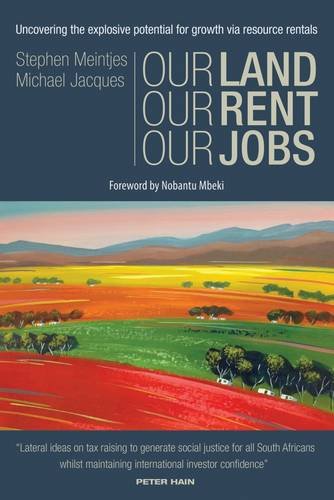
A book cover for Our Land, Our Rent, Our Jobs: Uncovering the Explosive Potential for Growth Via Resource Rentals; Stephen Meintjes; Law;